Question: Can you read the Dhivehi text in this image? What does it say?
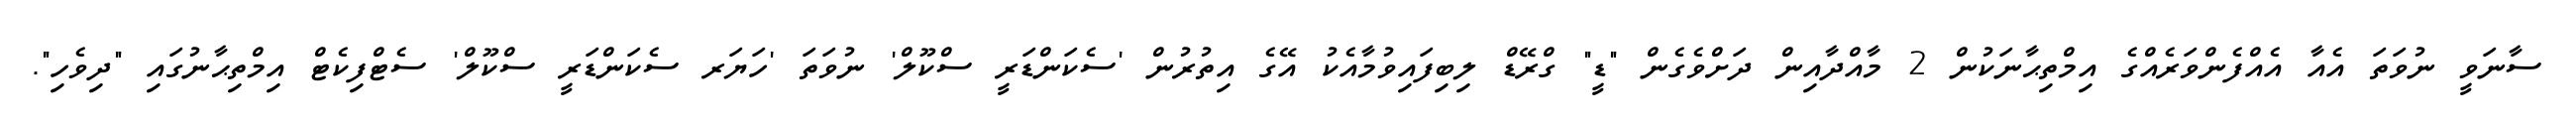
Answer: ސާނަވީ ނުވަތަ އެއާ އެއްފެންވަރެއްގެ އިމްތިޙާނަކުން 2 މާއްދާއިން ދަށްވެގެން "ޑީ" ގްރޭޑް ލިބިފައިވުމާއެކު އޭގެ އިތުރުން 'ސެކަންޑަރީ ސްކޫލް' ނުވަތަ 'ހަޔަރ ސެކަންޑަރީ ސްކޫލް' ސެޓްފިކެޓް އިމްތިޙާނުގައި "ދިވެހި".